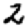
Digit: 2